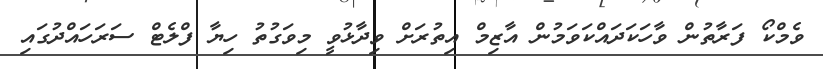
ވެމްކޯ ފަރާތުން ވާހަކަދައްކަވަމުން އާޒިމް އިތުރަށް ވިދާޅުވީ މިވަގުތު ހިޔާ ފްލެޓް ސަރަހައްދުގައި